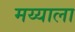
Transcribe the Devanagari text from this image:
मय्याला